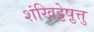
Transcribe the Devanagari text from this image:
शंखिट्टेषु़त्तु